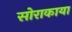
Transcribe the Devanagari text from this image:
सोराकाया